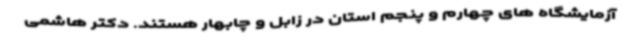
آزمایشگاه های چهارم و پنجم استان در زابل و چابهار هستند. دکتر هاشمی